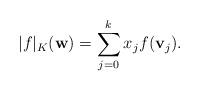
LaTeX: \begin{align*}|f|_K(\mathbf w)=\sum_{j=0}^kx_jf(\mathbf v_j).\end{align*}